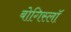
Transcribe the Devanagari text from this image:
बोगिस्लॉ